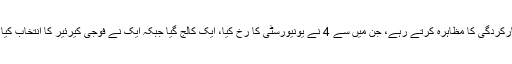
یہ سب بچے تعلیمی میدان میں اچھی کارکردگی کا مظاہرہ کرتے رہے، جن میں سے 4 نے یونیورسٹی کا رخ کیا، ایک کالج گیا جبکہ ایک نے فوجی کیرئیر کا انتخاب کیا اور اب بہت جلد شادی کرنے والا ہے۔